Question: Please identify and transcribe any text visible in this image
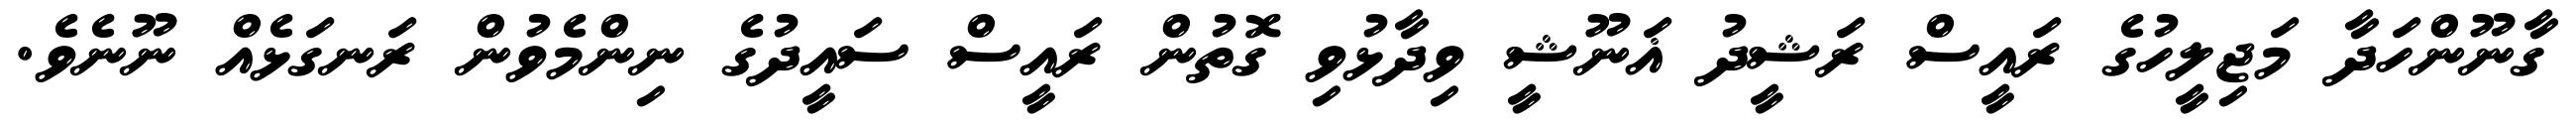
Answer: ގާނޫންހަދާ މަޖިލީހުގެ ރައީސް ރަޝީދު ޣަނޫޝީ ވިދާޅުވި ގޮތުން ރައީސް ސައީދުގެ ނިންމެވުން ރަނގަޅެއް ނޫނެވެ.